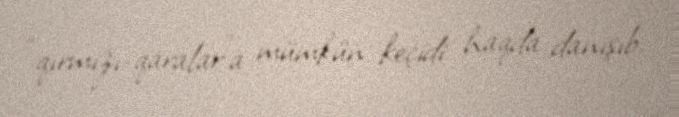
“qırmızı-qaralar”a mümkün keçidi haqda danışıb.